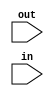
module shift(out,in);
	input [31:0] in,out;
	assign out = in<<2;
endmodule